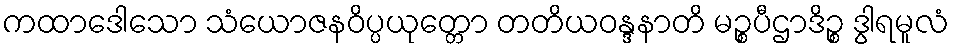
ကထာဒေါသော သံယောဇနဝိပ္ပယုတ္တော တတိယဝန္ဒနာတိ မဉ္စပီဌာဒိဉ္စ ဒွါရမူလံ